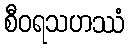
စီဝရသဟဿံ